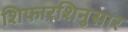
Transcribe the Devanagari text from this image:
शिफारशिनुसार